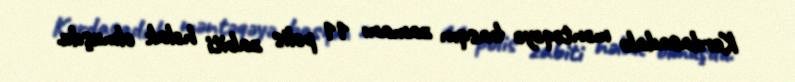
Kerdasadakı məntəqəyə basqın zamanı 11 polis zabiti həlak olmuşdu.